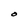
Character: O